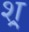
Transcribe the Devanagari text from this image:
श्र्